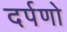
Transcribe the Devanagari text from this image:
दर्पणो